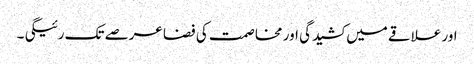
اور علاقے میں کشیدگی اور مخاصمت کی فضا عرصے تک رئیگی ۔